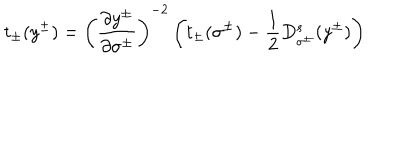
t _ { \pm } ( y ^ { \pm } ) = \left( \frac { \partial y ^ { \pm } } { \partial \sigma ^ { \pm } } \right) ^ { - 2 } \left( t _ { \pm } ( \sigma ^ { \pm } ) - \frac { 1 } { 2 } D _ { \sigma ^ { \pm } } ^ { s } ( y ^ { \pm } ) \right)